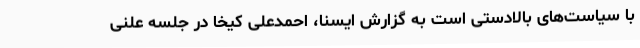
با سیاست‌های بالادستی است به گزارش ایسنا، احمدعلی کیخا در جلسه علنی